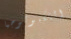
التكنولوجيا